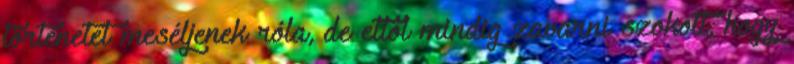
történetet meséljenek róla, de ettől mindig zavarni szokott, hogy